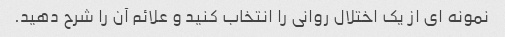
نمونه ای از یک اختلال روانی را انتخاب کنید و علائم آن را شرح دهید.